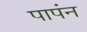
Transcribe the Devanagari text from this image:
पापंन